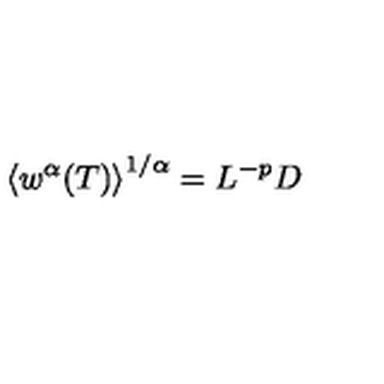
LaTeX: \left\langle w ^ { \alpha } ( T ) \right\rangle ^ { 1 / \alpha } = L ^ { - p } D